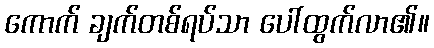
ကောက် ချက်တစ်ရပ်သာ ပေါ်ထွက်လာ၏။